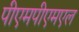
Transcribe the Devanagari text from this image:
पीएमपीएमएल